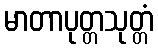
မာတာပုတ္တသုတ္တံ